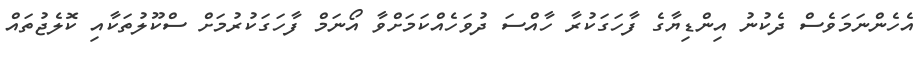
އެހެންނަމަވެސް ދެކުނު އިންޑިޔާގެ ފާހަގަކުރާ ހާއްސަ ދުވަހެއްކަމަށްވާ އޯނަމް ފާހަގަކުރުމަށް ސްކޫލުތަކާއި ކޮލެޖުތައް